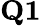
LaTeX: \textbf{Q1}